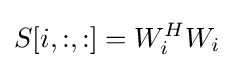
S[i,:,:]=W_{i}^{H}W_{i}